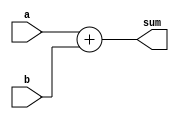
module Adder (
    input wire [7:0] a,
    input wire [7:0] b,
    output reg [8:0] sum
);

always @* begin
    sum = a + b;
end

endmodule